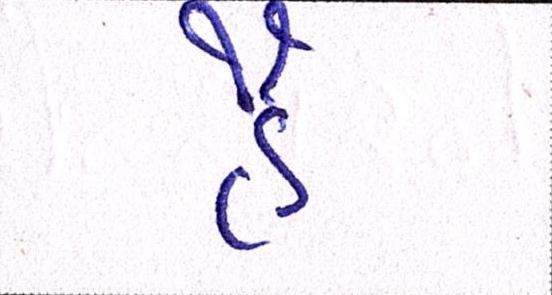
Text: હૈં